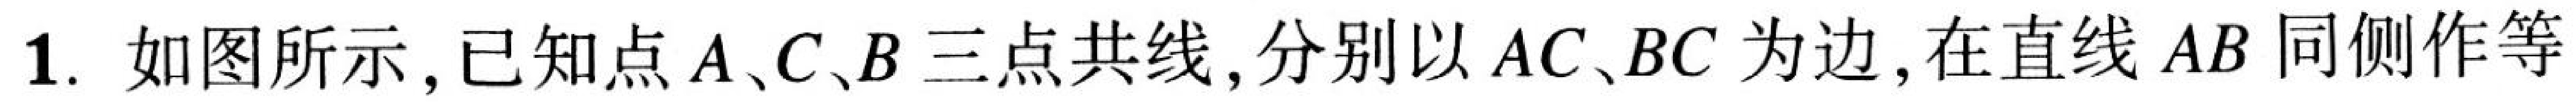
1. 如图所示,已知点\(A、C、B\)三点共线,分别以\(AC、BC\)为边,在直线\(AB\)同侧作等